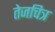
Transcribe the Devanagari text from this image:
तेजचित्र